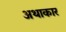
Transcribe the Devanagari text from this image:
अथाकार